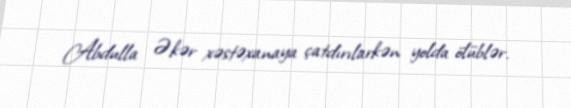
Abdulla Əkər xəstəxanaya çatdırılarkən yolda ölüblər.